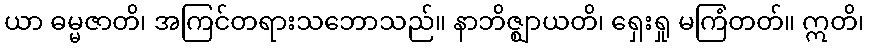
ယာ ဓမ္မဇာတိ၊ အကြင်တရားသဘောသည်။ နာဘိဇ္ဈာယတိ၊ ရှေးရှု မကြံတတ်။ ဣတိ၊